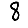
Digit: 8